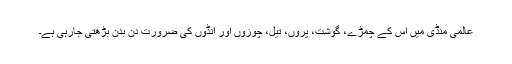
عالمی منڈی میں اس کے چمڑے، گوشت، پروں، تیل، چوزوں اور انڈوں کی ضرورت دن بدن بڑھتی جارہی ہے۔